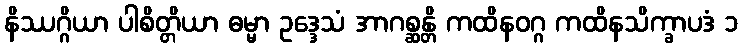
နိဿဂ္ဂိယာ ပါစိတ္တိယာ ဓမ္မာ ဥဒ္ဒေသံ အာဂစ္ဆန္တိ ကထိနဝဂ္ဂ ကထိနသိက္ခာပဒံ ၁